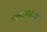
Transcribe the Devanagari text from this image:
१५८३मध्ये